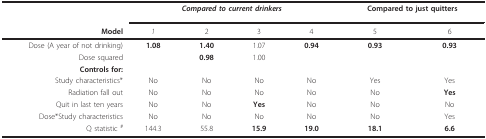
|  | <COLSPAN=4> Compared to current drinkers | <COLSPAN=2> Compared to just quitters |
 | Model | 1 | 2 | 3 | 4 | 5 | 6 |
 | --- | --- | --- | --- | --- | --- | --- |
 | Dose (A year of not drinking) | 1.08 | 1.40 | 1.07 | 0.94 | 0.93 | 0.93 |
 | Dose squared |  | 0.98 | 1.00 |  |  |  |
 | Controls for: |  |  |  |  |  |  |
 | Study characteristics* | No | No | No | No | Yes | Yes |
 | Radiation fall out | No | No | No | No | No | Yes |
 | Quit in last ten years | No | No | Yes | No | No | No |
 | Dose*Study characteristics | No | No | No | No | No | Yes |
 | Q statistic # | 144.3 | 55.8 | 15.9 | 19.0 | 18.1 | 6.6 |